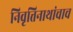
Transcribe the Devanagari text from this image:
निवृत्तिनाथांचाच